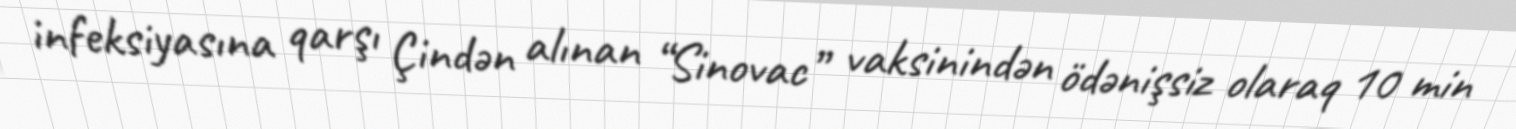
infeksiyasına qarşı Çindən alınan “Sinovac” vaksinindən ödənişsiz olaraq 10 min